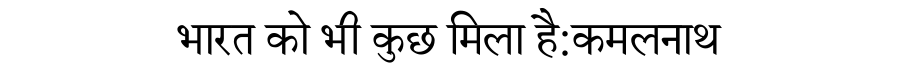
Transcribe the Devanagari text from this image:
भारत को भी कुछ मिला है:कमलनाथ